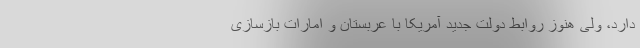
دارد، ولی هنوز روابط دولت جدید آمریکا با عربستان و امارات بازسازی